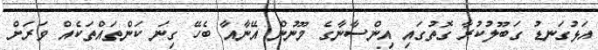
އަޅުގަނޑު ގަބޫލުކުރާ ގޮތުގައި އިންސާނާގެ މޫނުން އޭނާއާ ބެހޭ ގިނަ ކަންތައްތަކެއް ވަރަށް